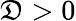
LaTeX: \mathfrak{D}>0